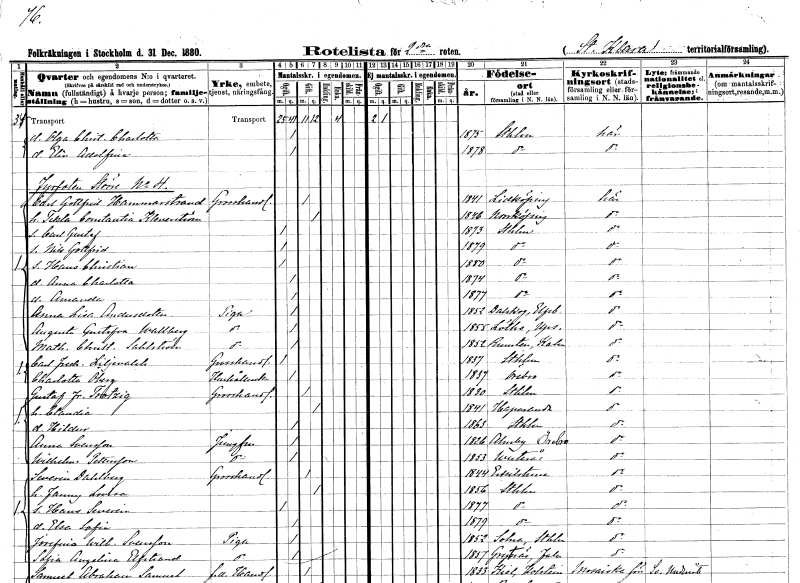
gt_parse: households: individuals: FN: Olga Christina Charlotta
KON: K
CIV: O
FODAR: 1875
FODFORS: Stockholm
FN: Elin Adolfina
KON: K
CIV: O
FODAR: 1878
FODFORS: Stockholm
FN: Carl Gottfrid
EN: Hammarstrand
YRKE: Grosshandlare
KON: M
CIV: G
FODAR: 1841
FODFORS: Lidköping Skaraborgs län
FN: Tekla Constantia
EN: Kleverström
KON: K
CIV: G
FODAR: 1846
FODFORS: Norrköping Östergötlands län
FN: Carl Gustaf
KON: M
CIV: O
FODAR: 1873
FODFORS: Stockholm
FN: Nils Gottfrid
KON: M
CIV: O
FODAR: 1879
FODFORS: Stockholm
FN: Hans Christian
KON: M
CIV: O
FODAR: 1880
FODFORS: Stockholm
FN: Anna Charlotta
KON: K
CIV: O
FODAR: 1874
FODFORS: Stockholm
FN: Amanda
KON: K
CIV: O
FODAR: 1877
FODFORS: Stockholm
FN: Anna Lisa
EN: Andersdotter
YRKE: Piga
KON: K
CIV: O
FODAR: 1852
FODFORS: Dalskog Älvsborgs län
FN: Augusta Gustafva
EN: Wallberg
YRKE: Piga
KON: K
CIV: O
FODAR: 1855
FODFORS: Löt Uppsala län
FN: Mathilda Christina
EN: Sahlström
YRKE: Piga
KON: K
CIV: O
FODAR: 1852
FODFORS: Runsten Kalmar län
FN: Carl Fredrik
EN: Liljevalch
YRKE: Grosshandlare
KON: M
CIV: O
FODAR: 1837
FODFORS: Stockholm
FN: Charlotta
EN: Öberg
YRKE: Hushållerska
KON: K
CIV: O
FODAR: 1837
FODFORS: Örebro Örebro län
FN: Gustaf Fredrik
EN: Trotzig
YRKE: Grosshandlare
KON: M
CIV: G
FODAR: 1830
FODFORS: Stockholm
FN: Claudia
KON: K
CIV: G
FODAR: 1841
FODFORS: Haparanda Norrbottens län
FN: Hildur
KON: K
CIV: O
FODAR: 1863
FODFORS: Stockholm
FN: Anna
EN: Svensson
YRKE: Jungfru
KON: K
CIV: O
FODAR: 1826
FODFORS: Almby Örebro län
FN: Wilhelmina
EN: Pettersson
YRKE: Jungfru
KON: K
CIV: O
FODAR: 1853
FODFORS: Västerås Västmanlands län
FN: Severin
EN: Dahlberg
YRKE: Grosshandlare
KON: M
CIV: G
FODAR: 1844
FODFORS: Eskilstuna Södermanlands län
FN: Fanny Lovisa
KON: K
CIV: G
FODAR: 1856
FODFORS: Stockholm
FN: Hans Severin
KON: M
CIV: O
FODAR: 1877
FODFORS: Stockholm
FN: Elsa Sofia
KON: K
CIV: O
FODAR: 1879
FODFORS: Stockholm
FN: Josefina Wilhelmina
EN: Svensson
YRKE: Piga
KON: K
CIV: O
FODAR: 1852
FODFORS: Solna Stockholms län
FN: Sofia Angelina
EN: Elfstrand
YRKE: Piga
KON: K
CIV: O
FODAR: 1857
FODFORS: Grytnäs Kopparbergs län